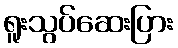
ရူးသွပ်ဆေးပြား